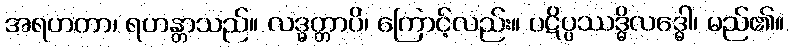
အရဟတာ၊ ရဟန္တာသည်။ လဒ္ဓတ္တာပိ၊ ကြောင့်လည်း။ ပဋိပ္ပဿဒ္ဓိလဒ္ဓေါ၊ မည်၏။